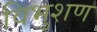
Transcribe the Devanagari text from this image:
विभुशण